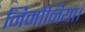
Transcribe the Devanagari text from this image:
निमोनिया।